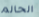
الحالم